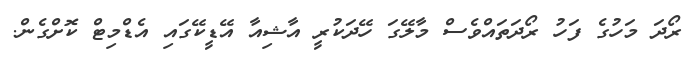
ރޯދަ މަހުގެ ފަހު ރޯދަތައްވެސް މާލޭގަ ހޭދަކުރީ އާޝިއާ އޭޑީކޭގައި އެޑްމިޓް ކޮށްގެން.